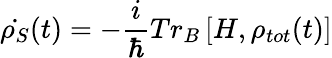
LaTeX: \dot{\rho_{S}}(t)=-\frac{i}{\hbar}T{{r}_{B}}\left[H,{{\rho}_{tot}}(t)\right]